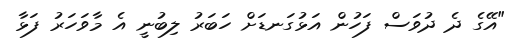
"އޭގެ ދެ ދުވަސް ފަހުން އަޅުގަނޑަށް ހަބަރު ލިބުނީ އެ މާވަހަރު ފަޅާ